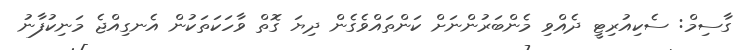
ގާސިމް: ސެކިއުރިޓީ ދެއްވި މެންބަރުންނަށް ކަންތައްވެގެން ދިޔަ ގޮތް ވާހަކަތަކުން އެނގިއްޖެ މަނިކުފާނު